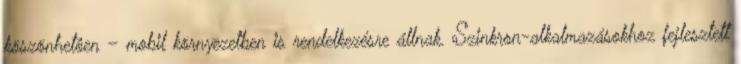
köszönhetôen – mobil környezetben is rendelkezésre állnak. Szinkron-alkalmazásokhoz fejlesztett